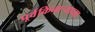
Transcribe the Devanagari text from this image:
पूर्वकिनाऱ्याच्या